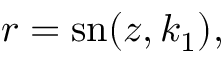
\begin{array} { r } { r = \mathrm { s n } ( z , k _ { 1 } ) , } \end{array}